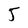
Character: 5